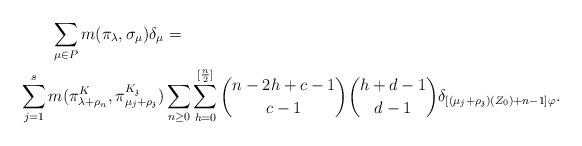
LaTeX: \begin{align*}\begin{aligned}&\qquad\sum_{\mu \in P} m(\pi_\lambda, \sigma_\mu) \delta_{\mu}=\\&\sum_{j=1}^s m(\pi_{\lambda +\rho_n}^K, \pi_{\mu_j +\rho_\mathfrak z}^{K_\mathfrak z})\sum_{ n\geq 0} \sum_{h=0}^{[\frac{n}{2}]}\binom{n-2h+c-1}{c-1} \binom{h+d-1}{d-1} \delta_{[(\mu_j +\rho_\mathfrak z)(Z_0)+ n-1] \varphi }. \end{aligned}\end{align*}